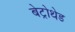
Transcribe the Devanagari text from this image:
बेट्रोथेड